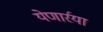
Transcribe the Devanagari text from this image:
येणार्रया